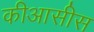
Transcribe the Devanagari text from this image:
कीआसीस